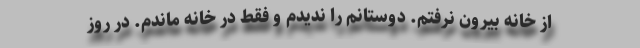
از خانه بیرون نرفتم. دوستانم را ندیدم و فقط در خانه ماندم. در روز